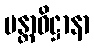
မန္တာဓိဋ္ဌာနာ